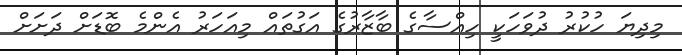
މިދިޔަ ހުކުރު ދުވަހަކީ ހިއްސާގެ ބާޒާރުގެ އަގުތައް މިއަހަރު އެންމެ ބޮޑަށް ދަށަށް